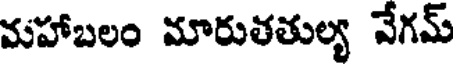
మహాబలం మారుతతుల్య వేగమ్